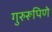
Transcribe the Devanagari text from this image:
गुरुरूपिणे